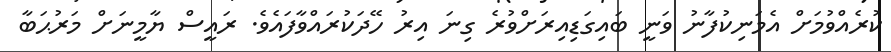
ކުރެއްވުމަށް އެމަނިކުފާނު ވަނީ ބައިގަޑިއިރަށްވުރެ ގިނަ އިރު ހޭދަކުރައްވާފައެވެ. ރައީސް ޔާމީނަށް މަރުޙަބާ